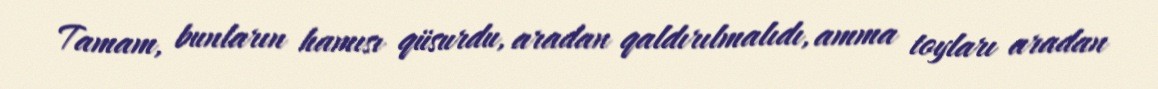
Tamam, bunların hamısı qüsurdu, aradan qaldırılmalıdı, amma toyları aradan